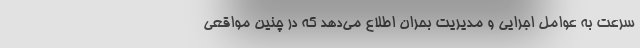
سرعت به عوامل اجرایی و مدیریت بحران اطلاع می‌دهد که در چنین مواقعی